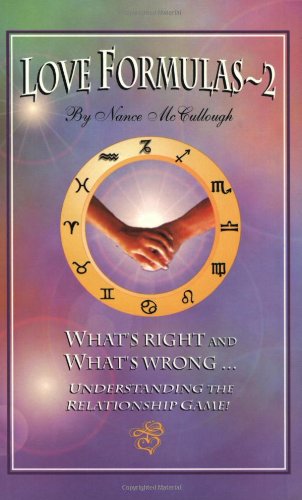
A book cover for Love Formulas-2; Nance McCullough; Self-Help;